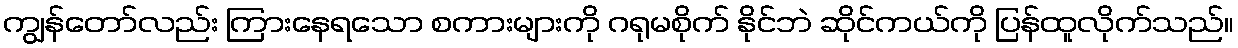
ကျွန်တော်လည်း ကြားနေရသော စကားများကို ဂရုမစိုက် နိုင်ဘဲ ဆိုင်ကယ်ကို ပြန်ထူလိုက်သည်။